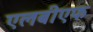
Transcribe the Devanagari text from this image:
एलबीएफ